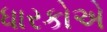
ધારકોએ